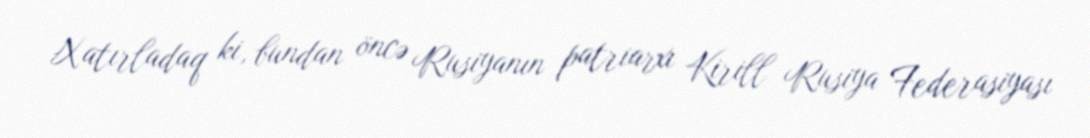
Xatırladaq ki, bundan öncə Rusiyanın patriarxı Kirill Rusiya Federasiyası